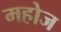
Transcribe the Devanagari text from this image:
महोज